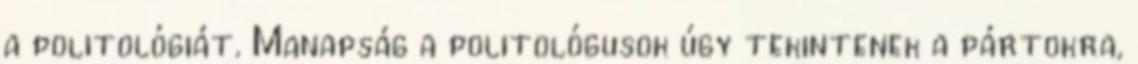
a politológiát. Manapság a politológusok úgy tekintenek a pártokra,